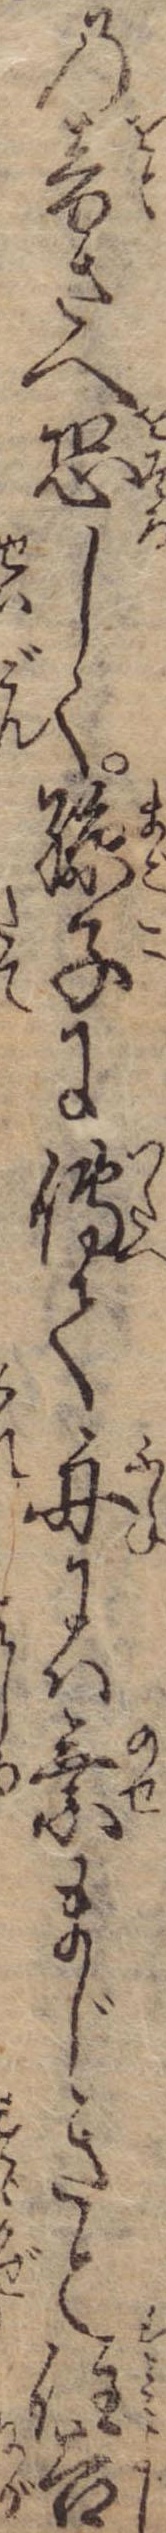
の音さへ恐しく孫子に伝て舟には乗まじきと住吉